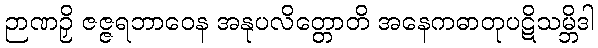
ဉာဏဉှိ ဇဇ္ဇရဘာဝေန အနုပလိတ္တောတိ အနေကဓာတုပဋိသမ္ဘိဒါ